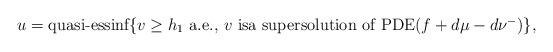
LaTeX: \begin{align*} u=\mbox{quasi-essinf$\{v\ge h_{1}$ a.e., $v$ isa supersolution of PDE$(f+d\mu-d\nu^{-})$}\},\end{align*}